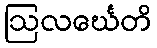
ဩလင်္ဃေတိ